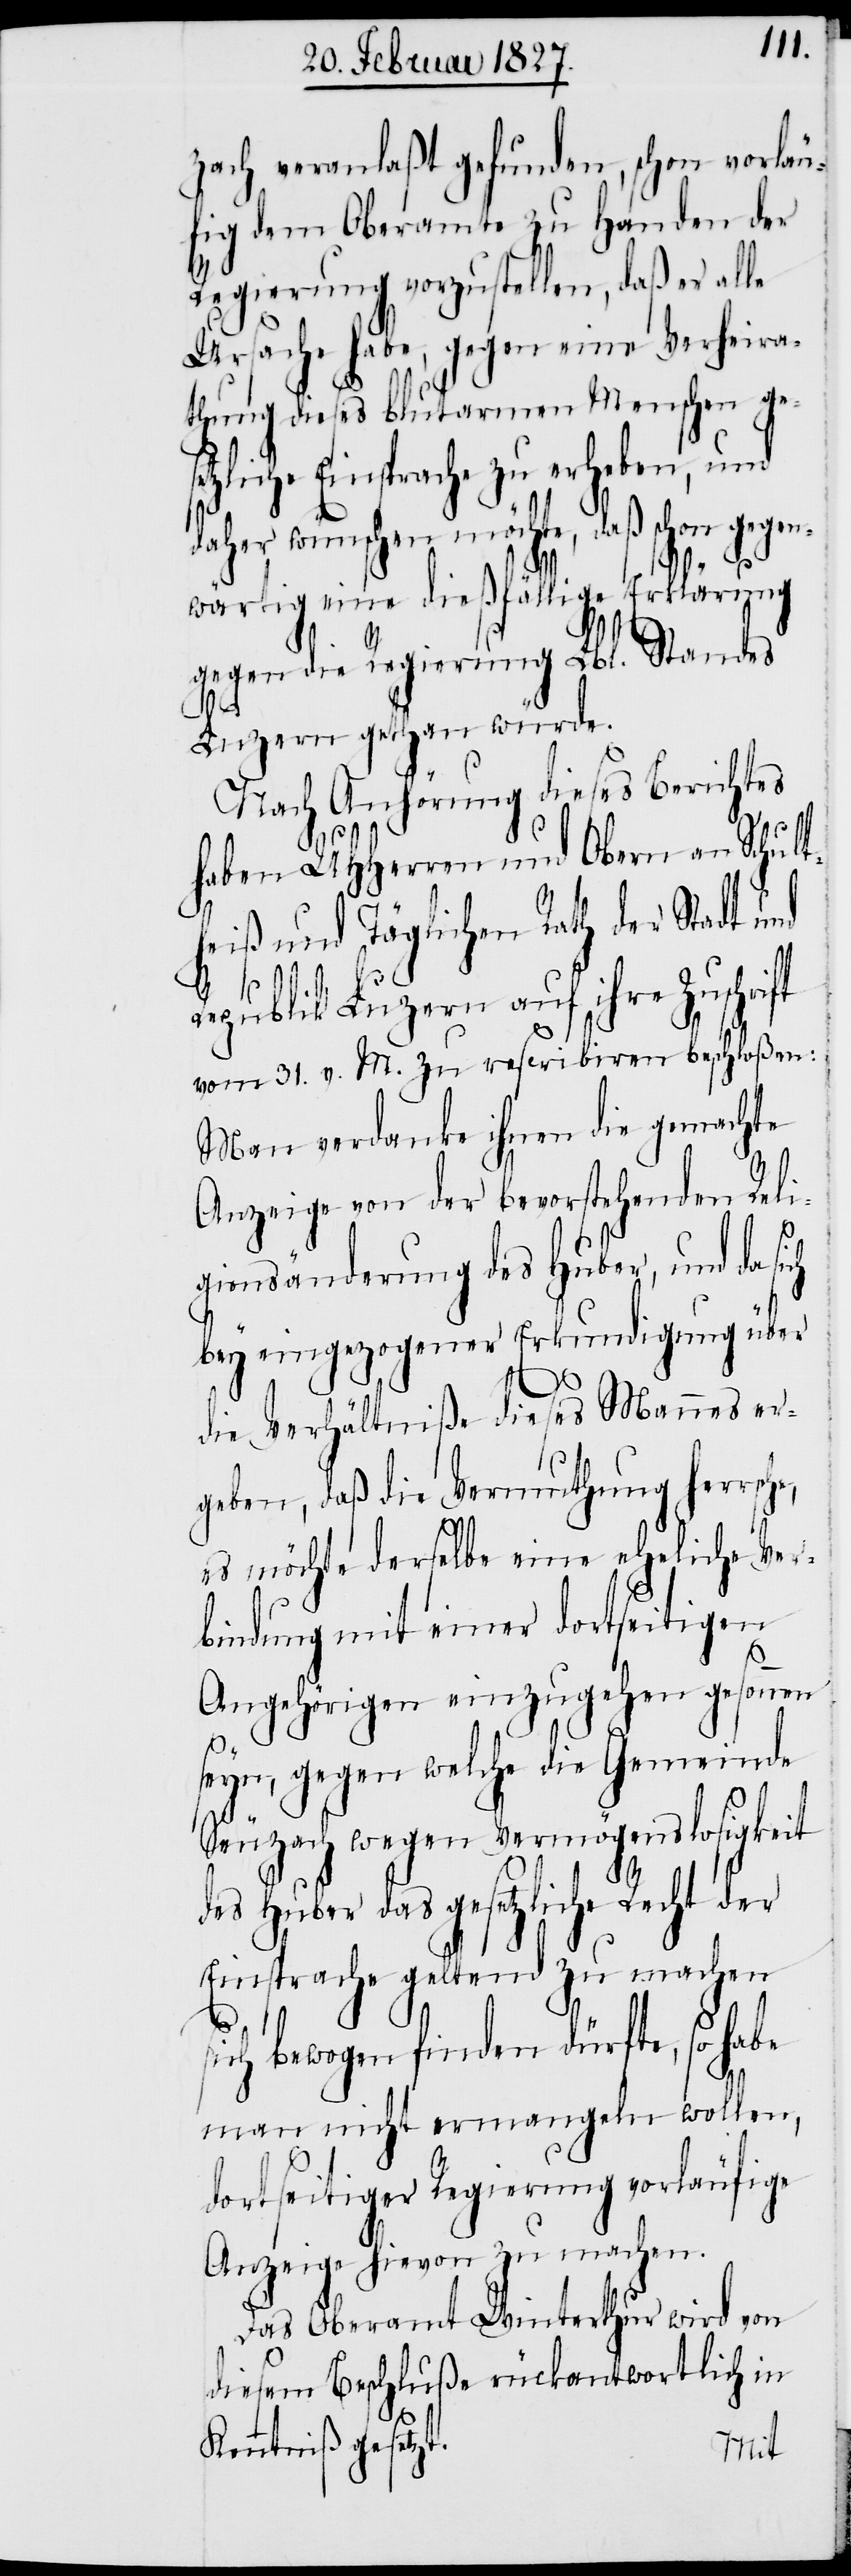
zach veranlaßt gefunden, schon vorläu¬
fig dem Oberamte zu Handen der
Regierung vorzustellen, daß er alle
Ursache habe, gegen eine Verheira¬
thung dieses blutarmen Menschen ge¬
zliche Einsprache zu erheben, und
daher wünschen möchte, daß schon gegen¬
he,
wärtig eine dießfällige Erklärung
gegen die Regierung Lbl. Standes
Luzern gethan würde.
Nach Anhörung dieses Berichtes
haben UHHerren und Obern an Schult¬
heiß und Täglichen Rath der Stadt und
Republik Luzern auf ihre Zuschrift
vom 31. v. M. zu rescribiren beschloßen:
Man verdanke ihnen die gemachte
Anzeige von der bevorstehenden Reli¬
gionsänderung des Huber, und da sich
bey eingezogener Erkundigung über
die Verhältniße dieses Mannes er¬
geben, daß die Vermuthung herrsc¬
es möchte derselbe eine eheliche Ver¬
bindung mit einer dortseitigen
Angehörigen einzugehen gesonnen
seyn, gegen welche die Gemeinde
Seuzach wegen Vermögenslosigkeit
des Huber das gesetzliche Recht der
Einsprache geltend zu machen
sich bewogen finden dürfte, so habe
man nicht ermangeln wollen,
dortseitiger Regierung vorläufige
Anzeige hievon zu machen.
Das Oberamt Winterthur wird von
diesem Beschluße rückantwortlich in
Kenntniß gesetzt.